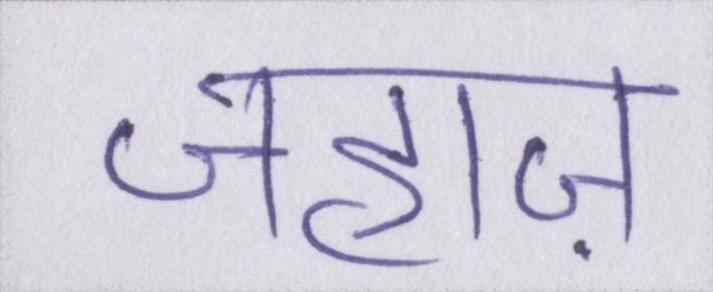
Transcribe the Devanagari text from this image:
जहाज़